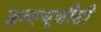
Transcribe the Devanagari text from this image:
डब्ल्यूजीसी